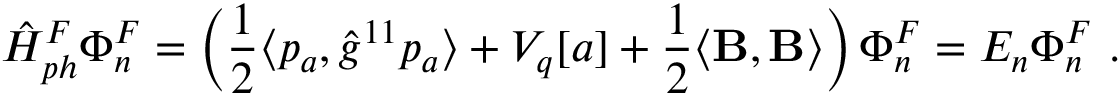
\hat { H } _ { p h } ^ { F } \Phi _ { n } ^ { F } = \left( \frac 1 2 \langle p _ { a } , \hat { g } ^ { 1 1 } p _ { a } \rangle + V _ { q } [ a ] + \frac 1 2 \langle { \bf B } , { \bf B } \rangle \right) \Phi _ { n } ^ { F } = E _ { n } \Phi _ { n } ^ { F } \ .